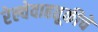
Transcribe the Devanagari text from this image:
रेल्वेवाहतूकीचे